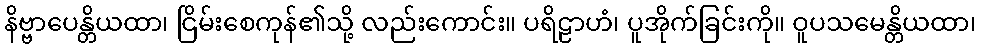
နိဗ္ဗာပေန္တိယထာ၊ ငြိမ်းစေကုန်၏သို့ လည်းကောင်း။ ပရိဠာဟံ၊ ပူအိုက်ခြင်းကို။ ဝူပသမေန္တိယထာ၊